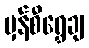
မှန်စီရွှေချ